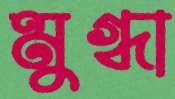
মুগ্ধা